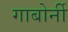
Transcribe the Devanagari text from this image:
गाबोर्नी